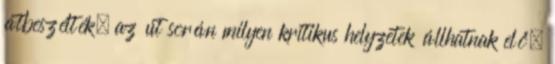
átbeszélték, az út során milyen kritikus helyzetek állhatnak elő,